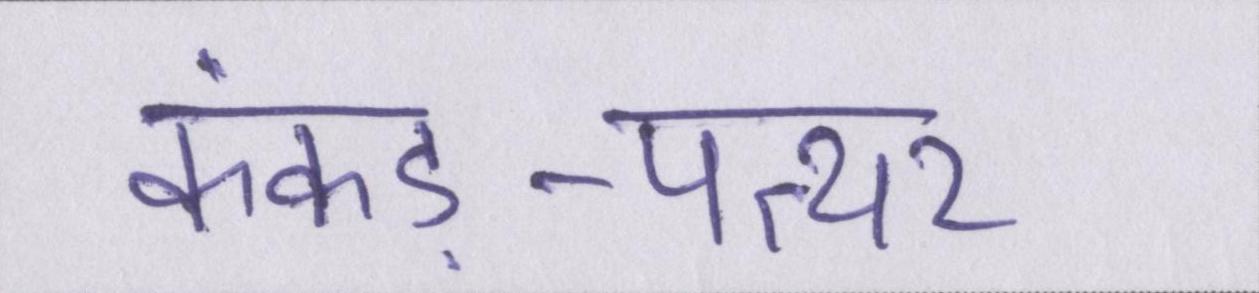
कंकड़-पत्थर